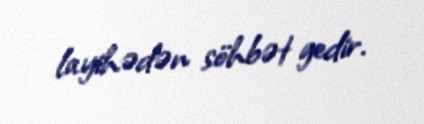
layihədən söhbət gedir.